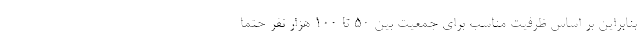
بنابراین بر اساس ظرفیت مناسب برای جمعیت بین ۵۰ تا ۱۰۰ هزار نفر حتما